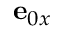
\mathbf { e } _ { 0 x }